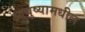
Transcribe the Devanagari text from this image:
आयुष्यामधील